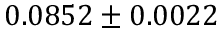
0 . 0 8 5 2 \pm 0 . 0 0 2 2